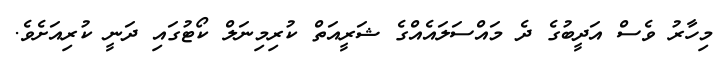
މިހާރު ވެސް އަދީބުގެ ދެ މައްސަލައެއްގެ ޝަރީއަތް ކުރިމިނަލް ކޯޓުގައި ދަނީ ކުރިއަށެވެ.